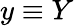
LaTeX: y\equiv Y